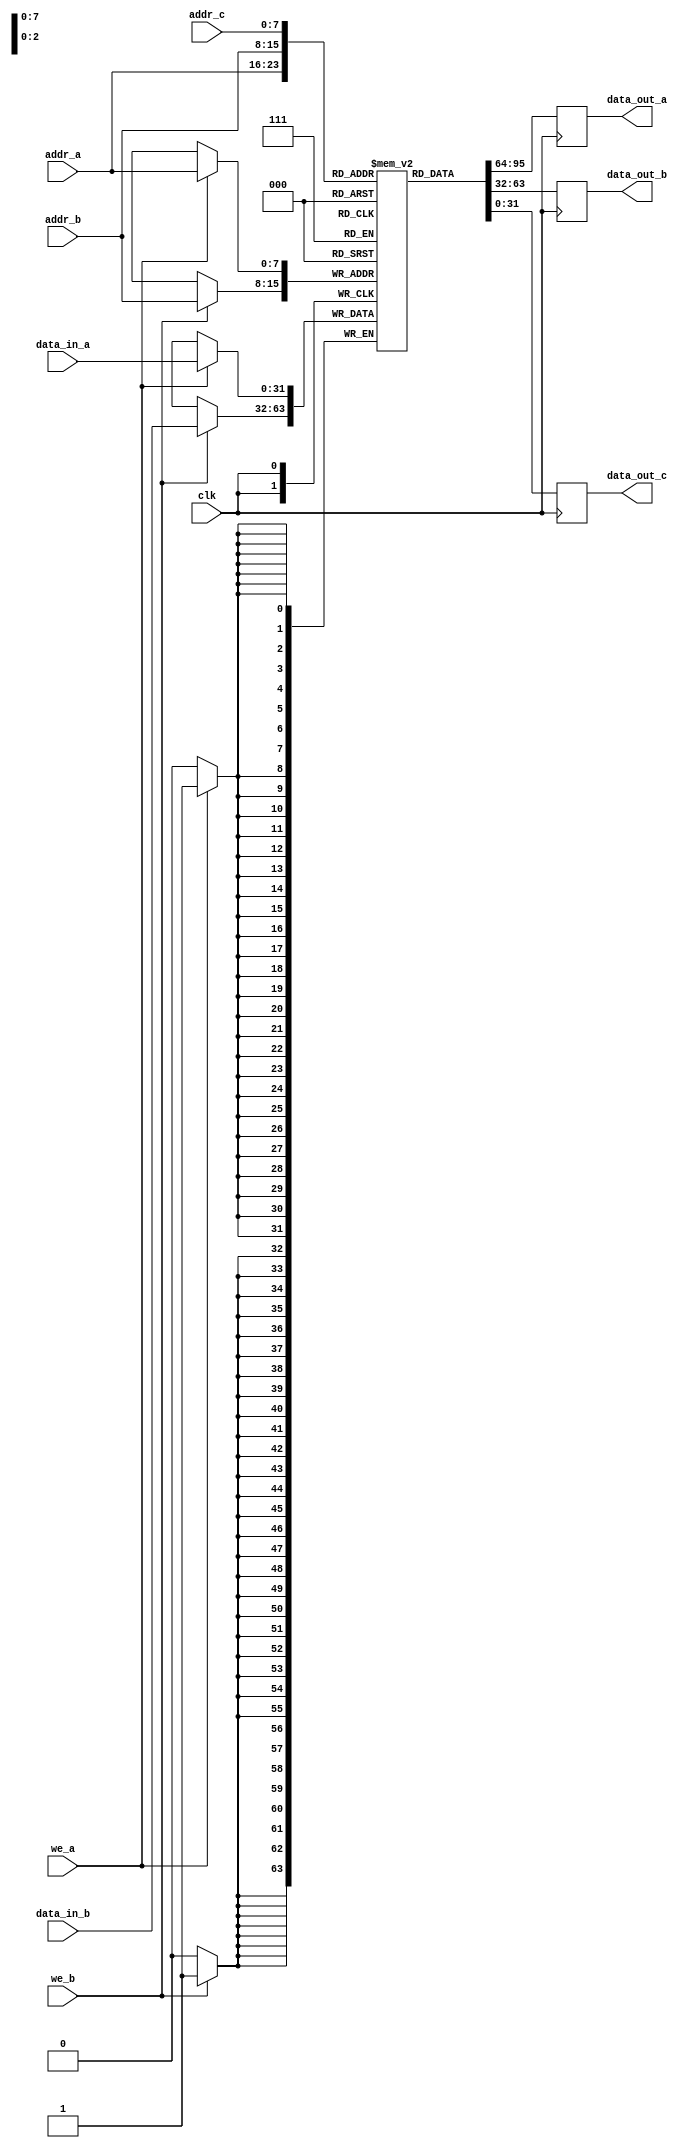
module tp_ram #(
    parameter addr_width = 8,       // Address width
    parameter data_width = 32       // Data width
)(
    input clk,                      // Clock signal
    input we_a,                     // Write enable for Port A
    input we_b,                     // Write enable for Port B
    input [addr_width-1:0] addr_a, // Address input for Port A
    input [addr_width-1:0] addr_b, // Address input for Port B
    input [addr_width-1:0] addr_c, // Address input for Port C
    input [data_width-1:0] data_in_a, // Data input for Port A
    input [data_width-1:0] data_in_b, // Data input for Port B
    output reg [data_width-1:0] data_out_a, // Data output for Port A
    output reg [data_width-1:0] data_out_b, // Data output for Port B
    output reg [data_width-1:0] data_out_c  // Data output for Port C
);

    // Memory array declaration
    reg [data_width-1:0] mem_array [(2**addr_width)-1:0];

    // Synchronous read/write operations
    always @(posedge clk) begin
        // Port A operations
        if (we_a) begin
            mem_array[addr_a] <= data_in_a; // Write data to memory
        end
        data_out_a <= mem_array[addr_a]; // Read data from memory

        // Port B operations
        if (we_b) begin
            mem_array[addr_b] <= data_in_b; // Write data to memory
        end
        data_out_b <= mem_array[addr_b]; // Read data from memory

        // Port C operations (read-only)
        data_out_c <= mem_array[addr_c]; // Read data from memory
    end

    // Optional: Initialize memory with preset values at startup
    initial begin
        // You can initialize the memory here if needed
        // For example:
        // mem_array[0] = 32'hDEADBEEF;
        // mem_array[1] = 32'hCAFEBABE;
        // ...
    end

endmodule